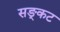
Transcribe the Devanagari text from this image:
सङ्कट